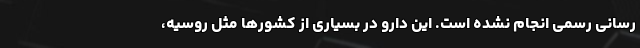
رسانی رسمی انجام نشده است. این دارو در بسیاری از کشورها مثل روسیه،